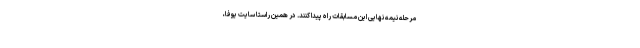
مرحله نیمه نهایی این مسابقات راه پیدا کنند. در همین راستا سایت یوفا،